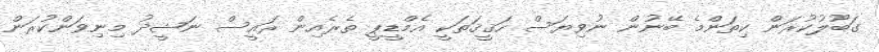
ގަބޫލުކުރަން ކިތަންމެ ބޭނުން ނުވިޔަސް ހަޤީޤަތަކީ އެމްޑީޕީ ތެރެއިން ރައީސް ނަޝީދު މިނިވަންކުރަން